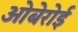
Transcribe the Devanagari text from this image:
ओबेरोई